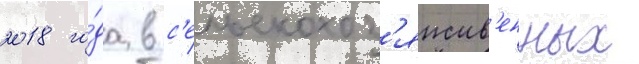
2018 го́да в с'ельскохоз'яиств'енных